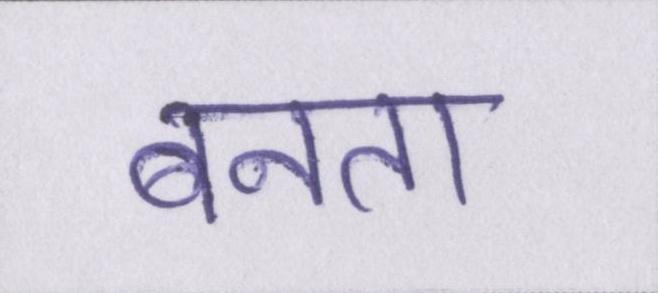
बनता